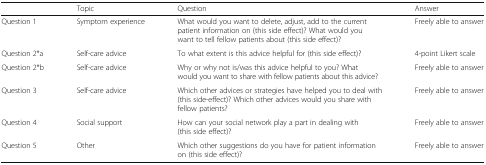
|  | Topic | Question | Answer |
 | --- | --- | --- | --- |
 | Question 1 | Symptom experience | What would you want to delete, adjust, add to the current patient information on (this side effect)? What would you want to tell fellow patients about (this side effect)? | Freely able to answer |
 | Question 2*a | Self-care advice | To what extent is this advice helpful for (this side effect)? | 4-point Likert scale |
 | Question 2*b | Self-care advice | Why or why not is/was this advice helpful to you? What would you want to share with fellow patients about this advice? | Freely able to answer |
 | Question 3 | Self-care advice | Which other advices or strategies have helped you to deal with (this side-effect)? Which other advices would you share with fellow patients? | Freely able to answer |
 | Question 4 | Social support | How can your social network play a part in dealing with (this side effect)? | Freely able to answer |
 | Question 5 | Other | Which other suggestions do you have for patient information on (this side effect)? | Freely able to answer |